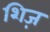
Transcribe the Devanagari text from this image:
शिज़